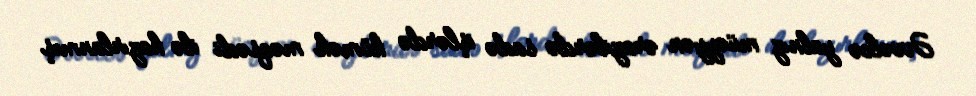
Əvvəlcə yalnız müəyyən ərazilərdə sadə işlərdə kömək məqsədi ilə hazırlanmış